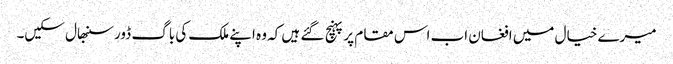
میرے خیال میں افغان اب اس مقام پر پہنچ گئے ہیں کہ وہ اپنے ملک کی باگ ڈور سنبھال سکیں۔